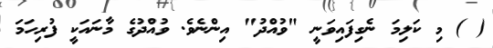
( ) މި ކަލިމަ ނެގިފައިވަނީ "ވުއްދު" އިންނެވެ. ވުއްދުގެ މާނައަކީ ފުރިހަމަ